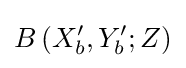
B\left(X_{b}^{\prime },Y_{b}^{\prime };Z\right)